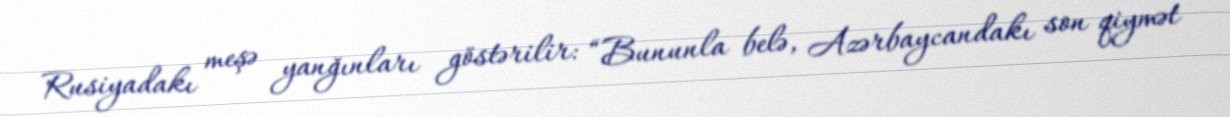
Rusiyadakı meşə yanğınları göstərilir: “Bununla belə, Azərbaycandakı son qiymət